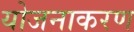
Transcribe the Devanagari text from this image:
योजनाकरण